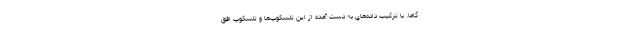
گاما. با ترکیب داده‌های به دست آمده از این تلسکوپ‌ها و تلسکوپ افق